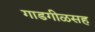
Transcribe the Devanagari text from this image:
गाडगीळसह